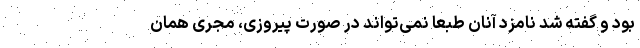
بود و گفته شد نامزد آنان طبعا نمی‌تواند در صورت پیروزی، مجری همان